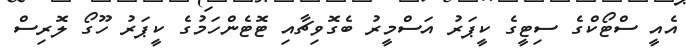
އެއީ ސްޓޯކްގެ ސިޓީގެ ކީޕަރު އަސްމީރު ބެގޮވިޗާއި ޓޮޓެންހަމުގެ ކީޕަރު ހޫގޯ ލޮރިސް